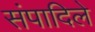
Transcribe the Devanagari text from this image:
संपादिले